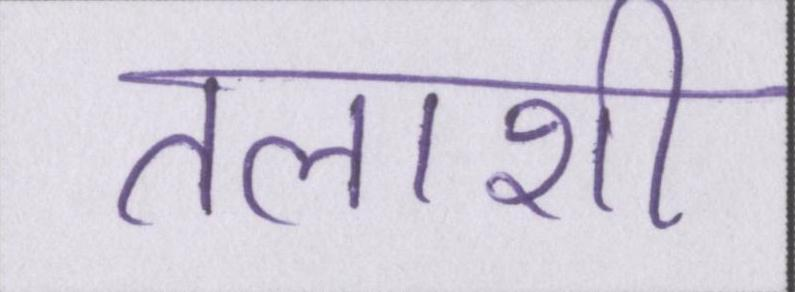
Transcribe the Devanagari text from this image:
तलाशी